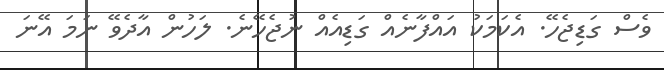
ވެސް ގަޑިޖެހޭ. އެކަމަކު އައްފާނެއް ގަޑިއެއް ނުޖެހޭނެ. ލަހުން އާދެވޭ ނަމަ އޭނަ